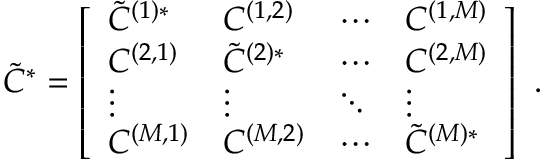
\tilde { C } ^ { * } = \left[ \begin{array} { l l l l } { \tilde { C } ^ { ( 1 ) * } } & { C ^ { ( 1 , 2 ) } } & { \cdots } & { C ^ { ( 1 , M ) } } \\ { C ^ { ( 2 , 1 ) } } & { \tilde { C } ^ { ( 2 ) * } } & { \cdots } & { C ^ { ( 2 , M ) } } \\ { \vdots } & { \vdots } & { \ddots } & { \vdots } \\ { C ^ { ( M , 1 ) } } & { C ^ { ( M , 2 ) } } & { \cdots } & { \tilde { C } ^ { ( M ) * } } \end{array} \right] ~ .